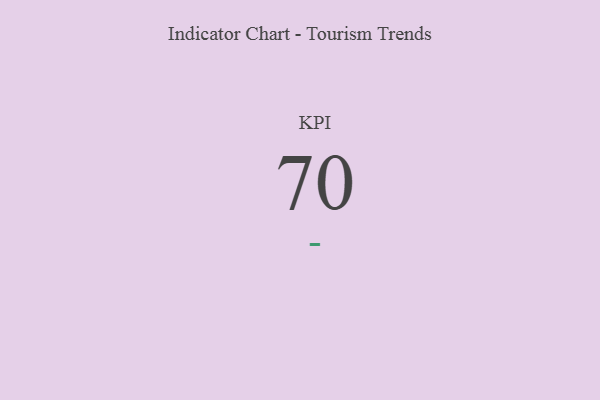
{"axis": {"x": "KPI", "y": "Value"}, "legend": [""], "data": [{"x": "KPI", "y": 70, "type": ""}]}